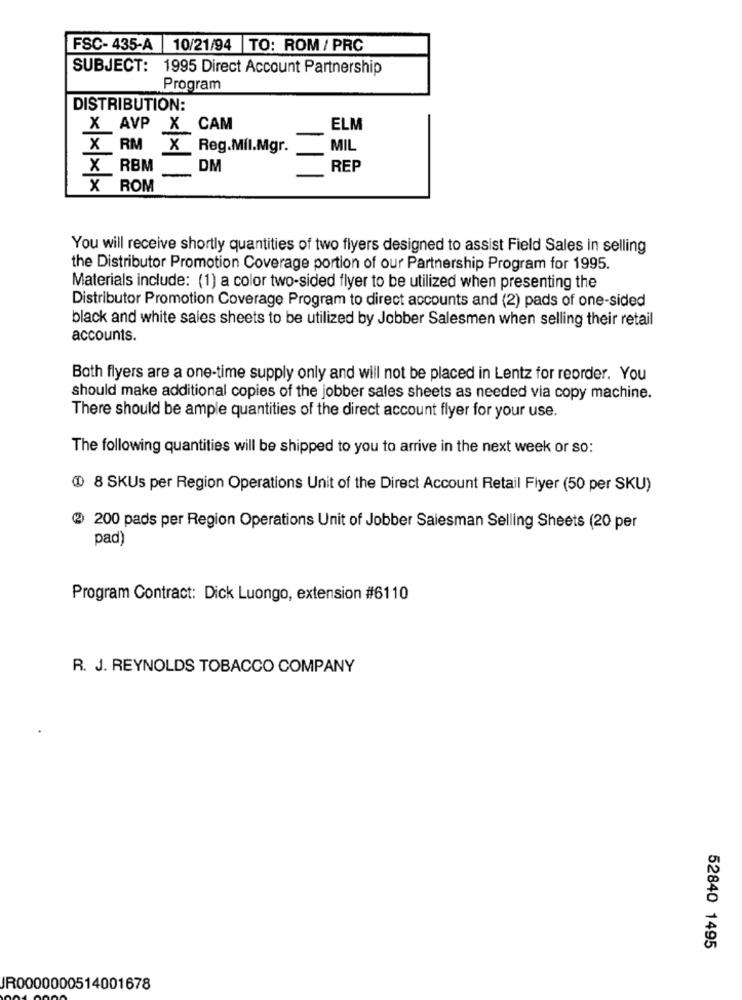
FSC- 435-A 10/21/94 TO: ROM / PRC
SUBJECT: 1995 Direct Account Partnership
Program
DISTRIBUTION:
X AVP X CAM
ELM
X RM X Reg.Mil.Mgr.
MIL
X_RBM
DM
REP
X ROM
You will receive shortly quantities of two flyers designed to assist Field Sales in selling
the Distributor Promotion Coverage portion of our Partnership Program for 1995.
Materials include: (1) a color two-sided flyer to be utilized when presenting the
Distributor Promotion Coverage Program to direct accounts and (2) pads of one-sided
black and white sales sheets to be utilized by Jobber Salesmen when selling their retail
accounts.
Both flyers are a one-time supply only and will not be placed in Lentz for reorder. You
should make additional copies of the jobber sales sheets as needed via copy machine.
There should be ample quantities of the direct account flyer for your use.
The following quantities will be shipped to you to arrive in the next week or so:
@ 8 SKUs per Region Operations Unit of the Direct Account Retail Flyer (50 per SKU)
@ 200 pads per Region Operations Unit of Jobber Salesman Selling Sheets (20 per
pad)
Program Contract: Dick Luongo, extension #6110
R. J. REYNOLDS TOBACCO COMPANY
52840 1495
JR0000000514001678